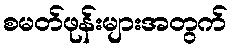
စမတ်ဖုန်းများအတွက်